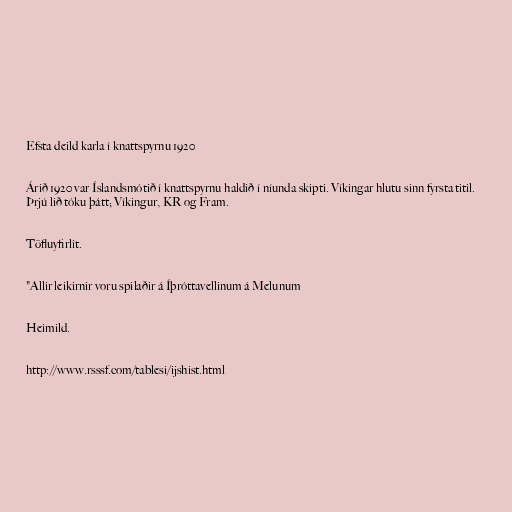
Efsta deild karla í knattspyrnu 1920

Árið 1920 var Íslandsmótið í knattspyrnu haldið í níunda skipti. Víkingar hlutu sinn fyrsta titil.
Þrjú lið tóku þátt; Víkingur, KR og Fram.

Töfluyfirlit.

"Allir leikirnir voru spilaðir á Íþróttavellinum á Melunum

Heimild.

http://www.rsssf.com/tablesi/ijshist.html